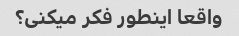
واقعا اینطور فکر میکنی؟